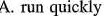
A. run quickly